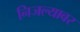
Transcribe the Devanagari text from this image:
निजल्यावर